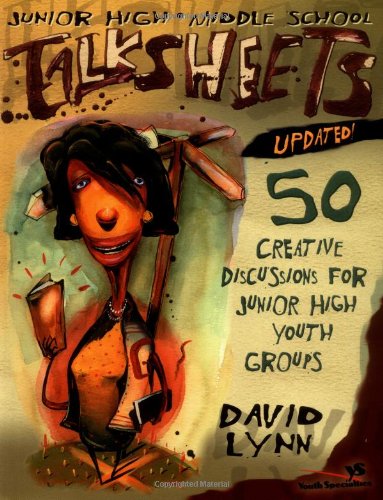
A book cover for Junior High and Middle School TalkSheets--Updated!; David Lynn; Christian Books & Bibles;